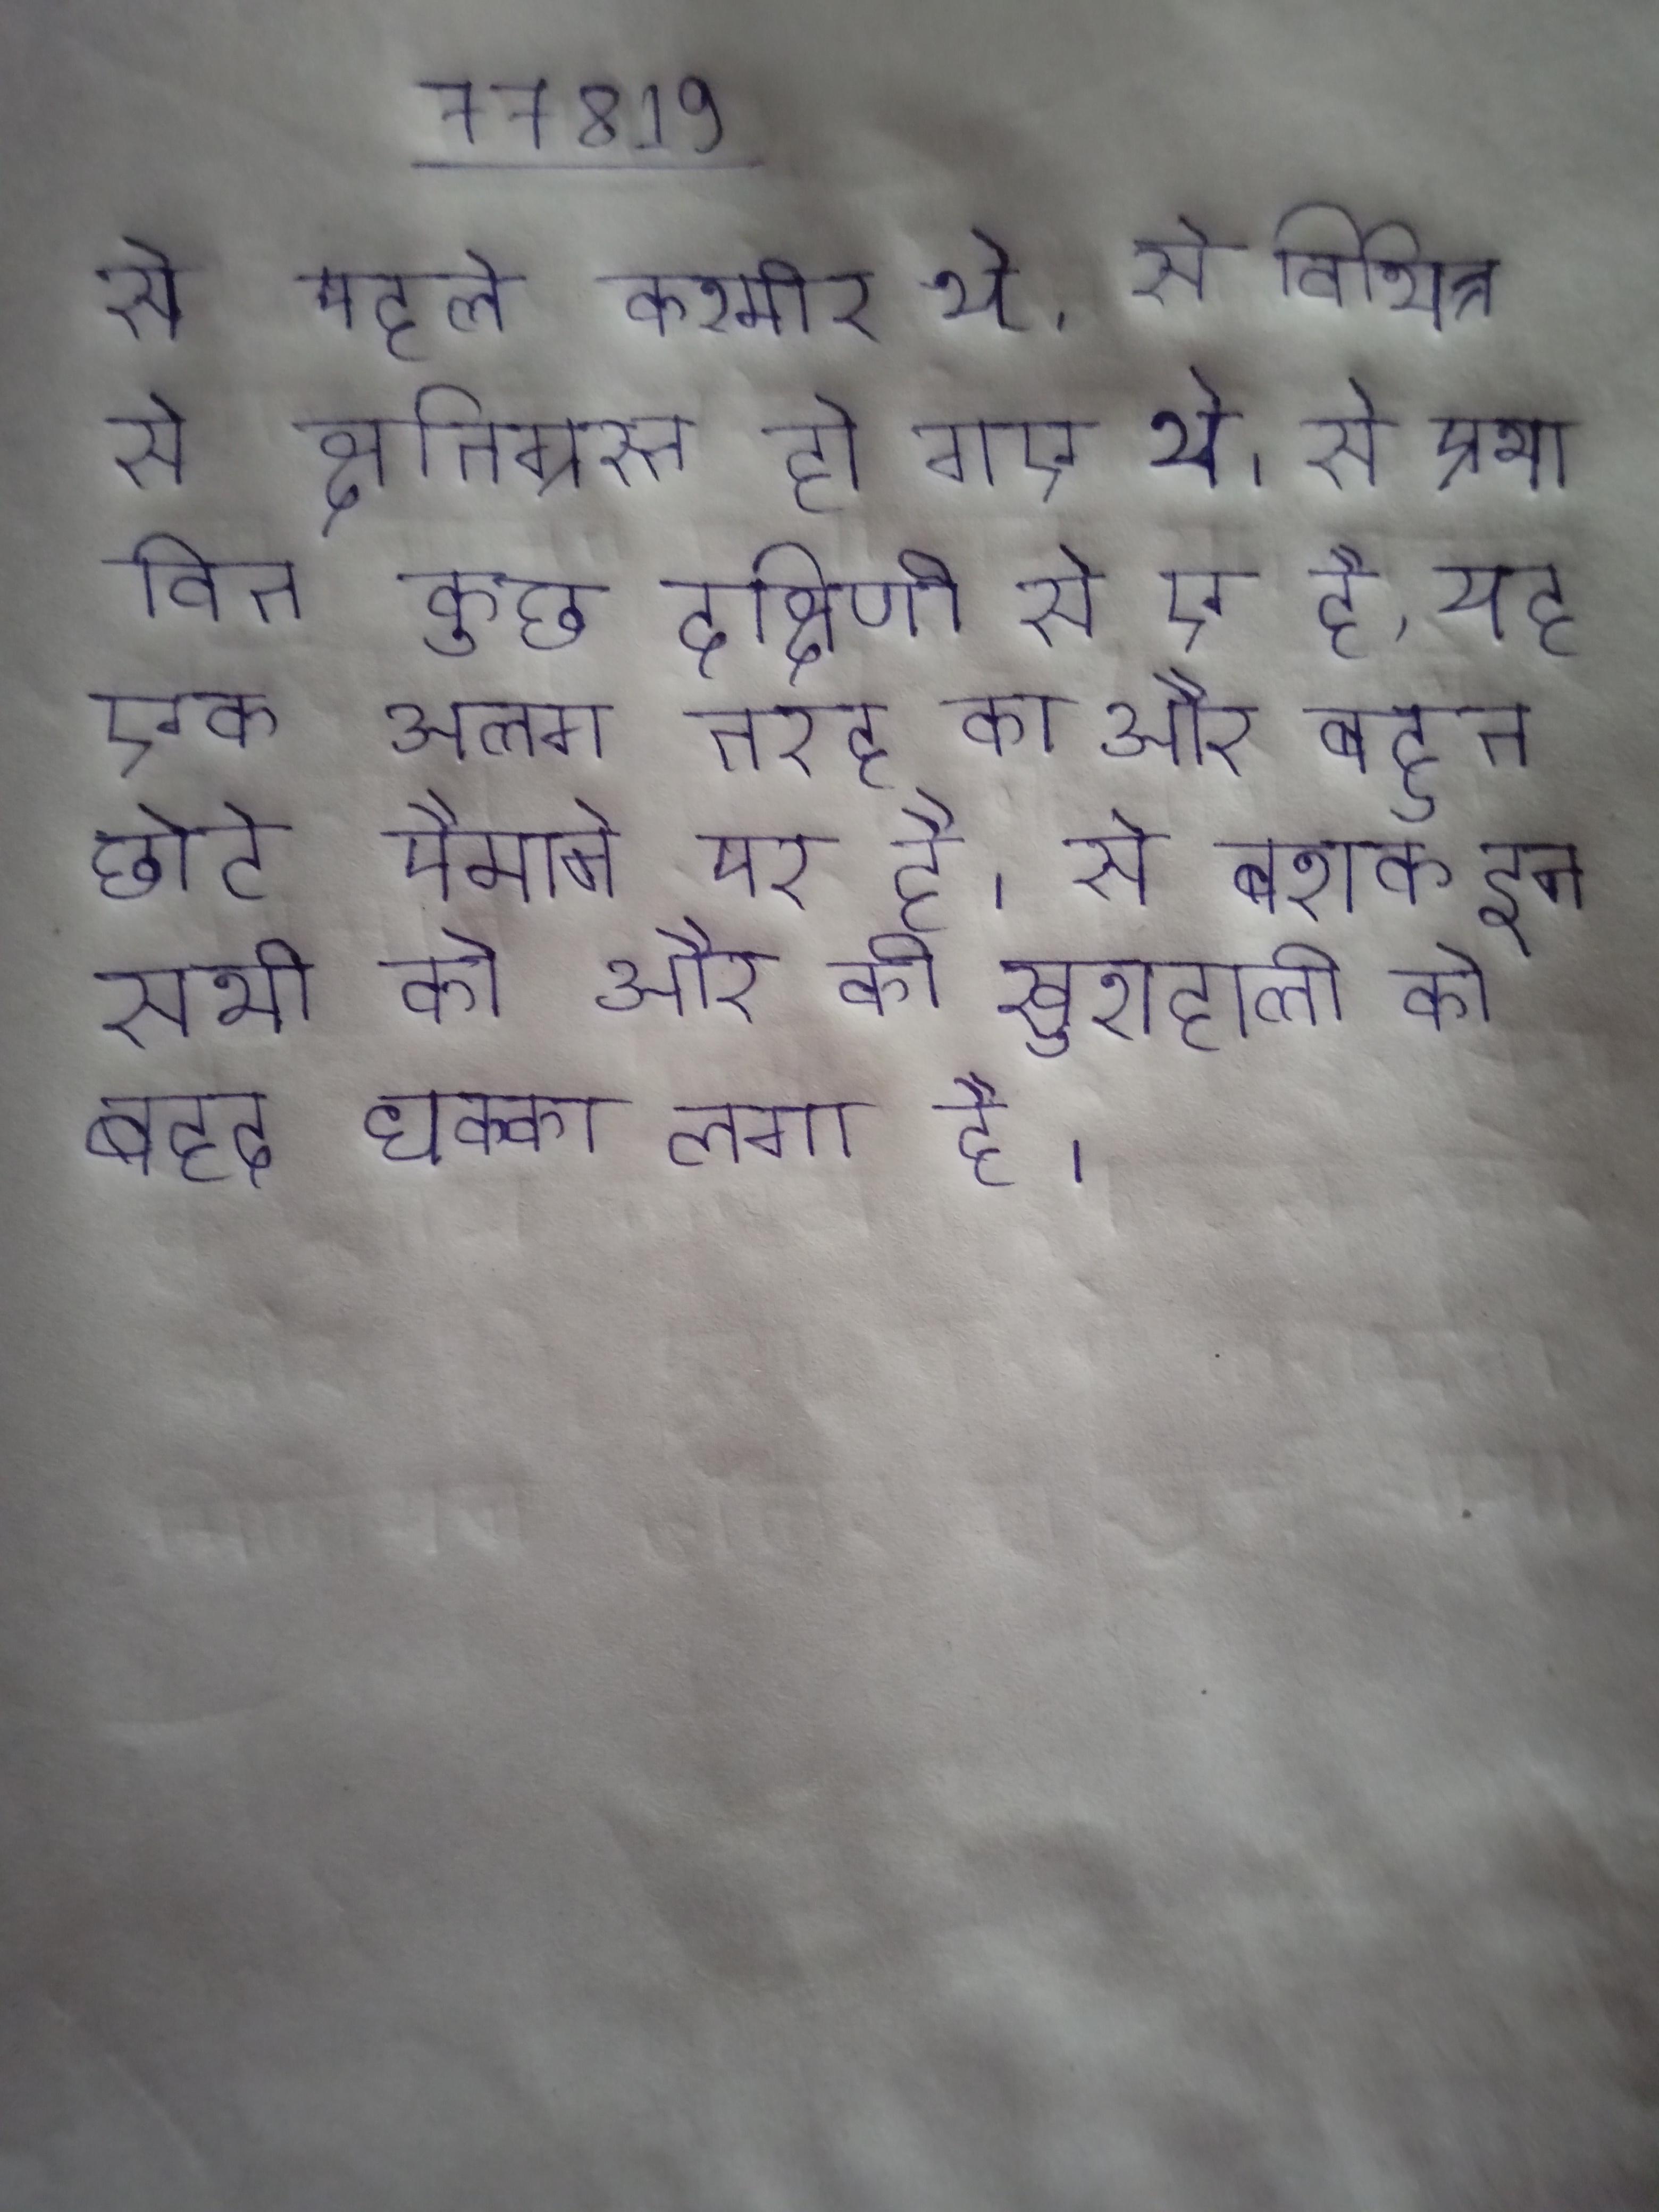
से पहले कश्मीर थे, से विभिन्न से क्षतिग्रस्त हो गए थे । से प्रभावित कुछ दक्षिणी से एक है, यह एक अलग तरह का और बहुत छोटे पैमाने पर है । से बशक इन सभी को और की खुशहाली को बहद धक्का लगा है ।